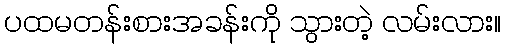
ပထမတန်းစားအခန်းကို သွားတဲ့ လမ်းလား။